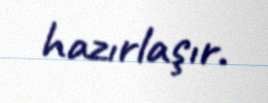
hazırlaşır.